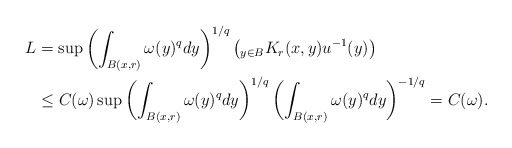
\begin{align*}L&=\sup \left( \int_{B(x,r)}\omega(y)^qdy \right)^{1/q}\left( _{y\in B}K_r(x,y)u^{-1}(y)\right)\\ &\leq C(\omega) \sup \left( \int_{B(x,r)}\omega(y)^qdy \right)^{1/q}\left(\int_{B(x,r)}\omega(y)^{q}dy\right)^{-1/q}=C(\omega).\end{align*}